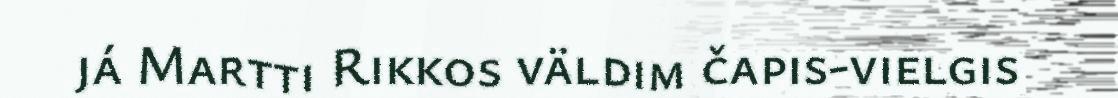
já Martti Rikkos väldim čapis-vielgis